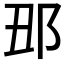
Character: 𨙺